Serum-therapy of plague in India - Number 20
Disease focus: Plague
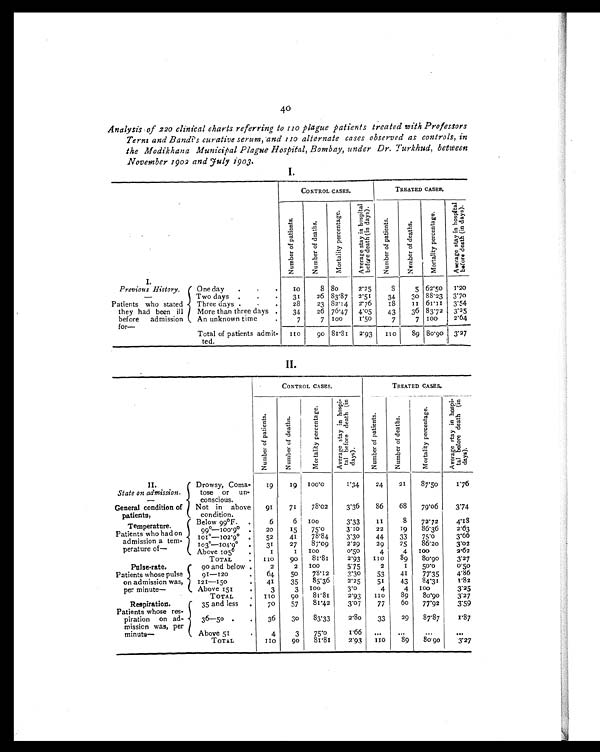
40
Analysis of 220 clinical charts referring to 110 plague patients treated with Professors
Term and Bandi's curative serum, and 110 alternate cases observed as controls, in
the Modikhana Municipal Plague Hospital, Bombay, under Dr. Turkhud, between
November 1902 and July 1903.
I.
CONTROL CASES.
TREATED CASES.
N u m b e r o f p a t i e n t s
Number of deaths
M o r t a l i t y p e r c e n t a g e
A v e r a g e s t a y i n h o s p i t a l b e f o r e d e a t h ( i n d a y s )
Number of patients
N u m b e r o f d e a t h s .
M o r t a l i t y p e r c e n t a g e
A v e r a g e s t a y i n h o s p i t a l b e f o r e d e a t h ( i n d a y s ) .
I.
P r e v i o u s H i s t o r y
— P a t i e n t s w h o s t a t e d t h e y h a d b e e n i l l b e f o r e a d m i s s i o n f o r —
One day . . .
1 0
8
8 0
2 . 2 5
8
5
6 2 . 5 0
1 . 2 0
Two days . . .
3 1
2 6
8 3 . 8 7
2 . 5 1
3 4
3 0
8 8 . 2 3
3 . 7 0
Three days . . .
2 8
2 3
8 2 . 1 4
2 . 7 6
1 8
1 1
6 1 . 1 1
3 . 5 4
More than three days .
3 4
2 6
7 6 . 4 7
4 . 0 5
4 3
3 6
8 3 . 7 2
3 . 2 5
An unknown time .
7
7
1 0 0
1 . 5 0
7
7
1 0 0
2 . 6 4
T o t a l o f p a t i e n t s a d m i t - t e d
1 1 0
9 0
8 1 . 8 1
2 . 9 3
1 1 0
8 9
8 0 . 9 0
3 . 2 7
I I .
CONTROL CASES.
TREATED CASES,
N u m b e r o f p a t i e n t s
N u m b e r o f d e a t h s
M o r t a l i t y p e r c e n t a g e
A v e r a g e s t a y i n h o s p i t a l b e f o r e d e a t h ( i n d a y s ) .
N u m b e r o f p a t i e n t s
N u m b e r o f d e a t h s
M o r t a l i t y p e r c e n t a g e
A v e r a g e s t a y i n h o s p i - t a l b e f o r e d e a t h ( i n d a y s )
II.
State on admission.
—
General condition of
patients,
Drowsy, Coma-
tose or un-c o n s c i o u s
19
19
1 0 0 . 0
1.34
24
21
87.50
I.76
Not in above
condition.
91
71
78.02
3.36
86
68
79.06
3.74
'
Temperature.
Patients who had on
admission a tem-
perature of—
Below 99°F
6
6
1 0 0
3.33
1 1
8
72.72
4.18
99º—100.9º.
20
15
75.0
3.10
22
19
86.36
2.63
101º—102.9° .
52
41
78.84
3'30
44
33
75.0
3'66
103º—104.9º
31
27
87.09
2.29
29
25
86.20
3.02
Above 105º
1
1
1 0 0
0 . 5 0
4
4
1 0 0
2.62
TOTAL
.
1 1 0
90
81.81
2.93
110
89
80.90
3.27
Pulse-rate.
Patients whose pulse
on admission was,
per minute-
go and below .
2
2
1 0 0
5.75
2
1
50.0
0 . 5 0
91—120
.
64
50
78.12
3.30
53
41
77.35
4.86
121—15o
41
35
8 5 . 3 6
2 . 2 5
51
43
8 4 . 3 1
1.82
Above 151
.
3
3 100
3.0
4
4 100
3.25
TOTAL
.
1 1 0
90
81.81
2.93
1 1 0
89
80.90
3.27
Respiration.
Patients whose res-
piration on ad-
mission was, per
minute—
35 and less
.
70
57
81.42
3.07
77
60
77.92
3.59
36—50 .
.
36
30
83.33
2.80
33
29
87.87
87
Above 51
.
4
3
75.0
1.66
...
...
...
. . .
TOTAL
110
9 0
81.81
2.93
1 1 0
89
80.90
3.27